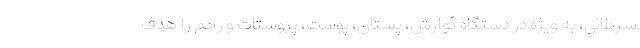
سرطانی، به ویژه در دستگاه گوارش، پستان، پوست، پروستات و رحم را هدف